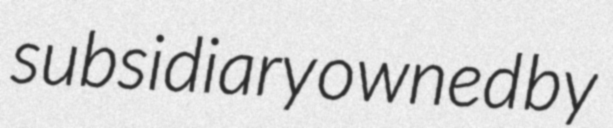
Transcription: subsidiary owned by